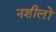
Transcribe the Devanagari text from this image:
नशीलों